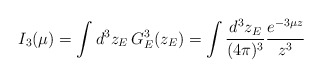
\begin{align*}I_3(\mu)=\int d^3 z_E \, G_E^3(z_E) = \int \frac {d^3 z_E} {(4 \pi)^3}\frac {e^{-3 \mu z}} {z^3}\end{align*}